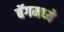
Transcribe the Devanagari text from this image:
बॅगमध्ये